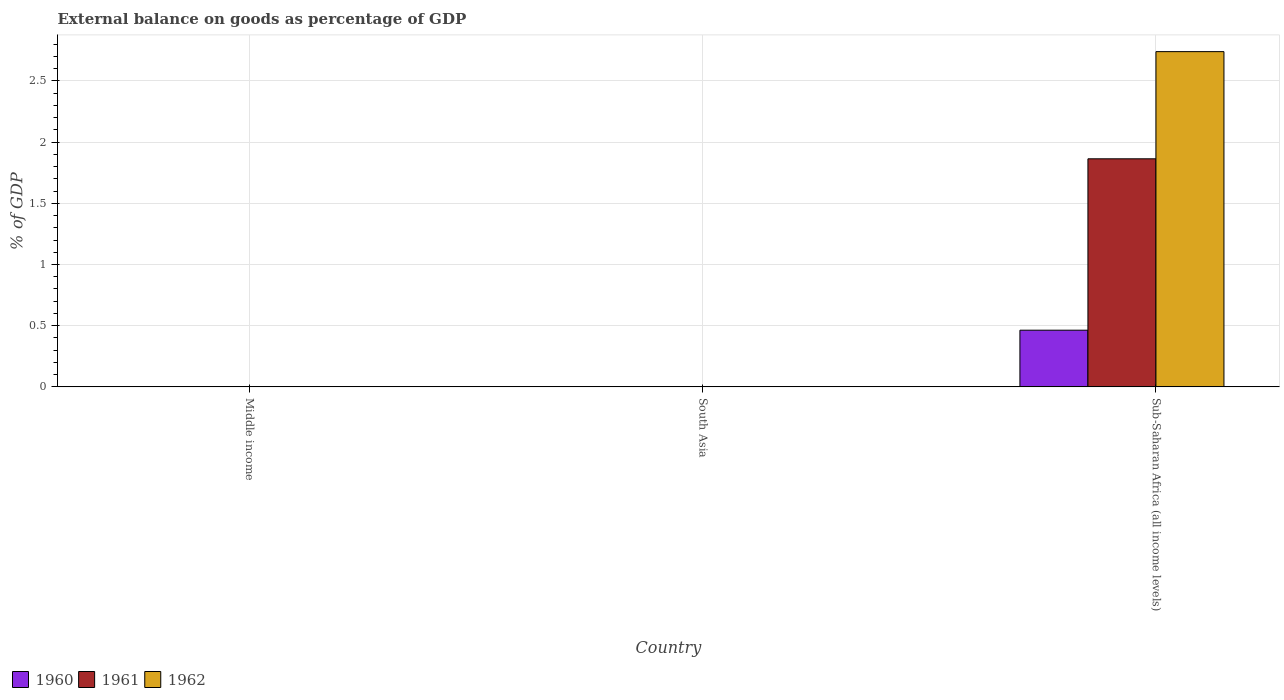
| Country | 1960 | 1961 | 1962 |
 | --- | --- | --- | --- |
 | Middle income | -0.829 | -0.71 | -0.195 |
 | South Asia | -2.13 | -1.57 | -1.71 |
 | Sub-Saharan Africa (all income levels) | 0.463 | 1.86 | 2.74 |